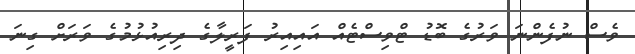
ވެސް ނުފެންނަ ވަރުގެ ބޮޑު ޓްވިސްޓެއް އައިއިރު ފަރީލާގެ ދިރިއުޅުމުގެ ވަރަށް ގިނަ